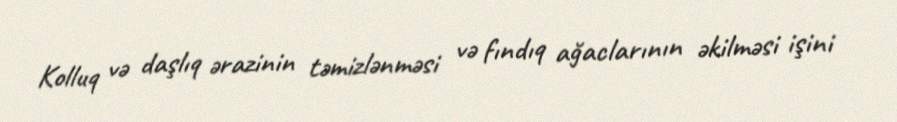
Kolluq və daşlıq ərazinin təmizlənməsi və fındıq ağaclarının əkilməsi işini